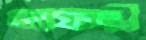
জাফরী